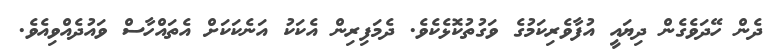
ދެން ހޭދަވެގެން ދިޔައީ އުފާވެރިކަމުގެ ވަގުތުކޮޅެކެވެ. ދެމަފިރިން އެކަކު އަނެކަކަށް އެތައްހާސް ވައުދެއްވިއެވެ.